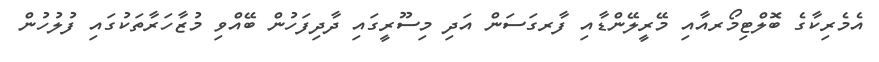
އެމެރިކާގެ ބޮލްޓިމޯރއާއި މޭރީލޭންޑާއި ފާރގަސަން އަދި މިސޫރީގައި ދާދިފަހުން ބޭއްވި މުޒާހަރާތަކުގައި ފުލުހުން